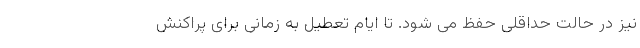
نیز در حالت حداقلی حفظ می شود. تا ایام تعطیل به زمانی برای پراکنش